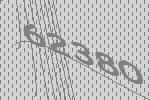
62380